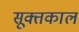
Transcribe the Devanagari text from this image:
सूक्तकाल